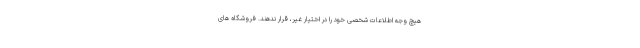
هیچ وجه اطلاعات شخصی خود را در اختیار غیر، قرار ندهند. فروشگاه های